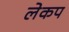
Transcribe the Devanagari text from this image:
लेकप